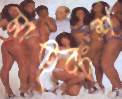
মাতৃবংশ